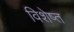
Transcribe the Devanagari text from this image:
विशेष्त